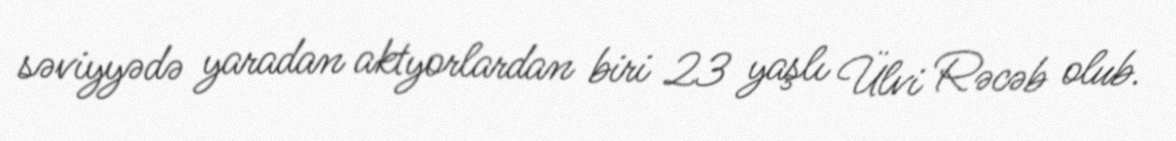
səviyyədə yaradan aktyorlardan biri 23 yaşlı Ülvi Rəcəb olub.